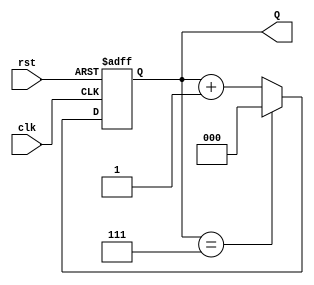
module UpCounterMoore #(
    parameter N = 3  // Number of bits for the counter
)(
    input wire clk,   // Clock signal
    input wire rst,   // Reset signal
    output reg [N-1:0] Q // Output count in binary format
);

    // State transition on the rising edge of the clock
    always @(posedge clk or posedge rst) begin
        if (rst) begin
            Q <= 0; // Reset the counter to 0
        end else begin
            if (Q == (1 << N) - 1) begin
                Q <= 0; // Wrap around to 0 if maximum value is reached
            end else begin
                Q <= Q + 1; // Increment the counter
            end
        end
    end

endmodule